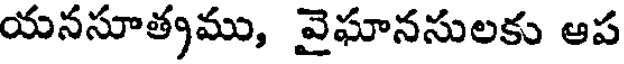
యనసూత్రము, వైఘానసులకు ఆప